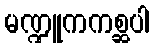
မဏ္ဍူကကစ္ဆပါ